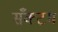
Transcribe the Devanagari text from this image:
सँक्टम